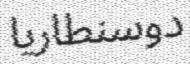
دوسنطاريا